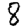
Digit: 8